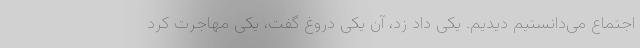
اجتماع می‌دانستیم دیدیم. یکی داد زد، آن یکی دروغ گفت، یکی مهاجرت کرد